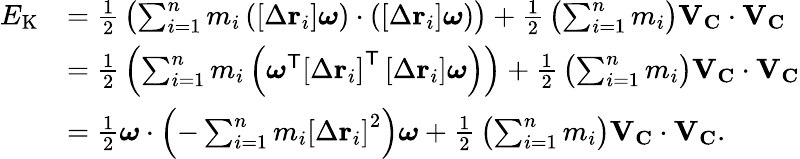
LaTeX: {\begin{array}{rl}{E_{\mathrm{K}}}&{={\frac{1}{2}}\left(\sum_{i=1}^{n}m_{i}\left(\left[\Delta\mathbf{r}_{i}\right]{\boldsymbol{\omega}}\right)\cdot\left(\left[\Delta\mathbf{r}_{i}\right]{\boldsymbol{\omega}}\right)\right)+{\frac{1}{2}}\left(\sum_{i=1}^{n}m_{i}\right)\mathbf{V}_{\mathbf{C}}\cdot\mathbf{V}_{\mathbf{C}}}\\ &{={\frac{1}{2}}\left(\sum_{i=1}^{n}m_{i}\left({\boldsymbol{\omega}}^{\mathsf{T}}\left[\Delta\mathbf{r}_{i}\right]^{\mathsf{T}}\left[\Delta\mathbf{r}_{i}\right]{\boldsymbol{\omega}}\right)\right)+{\frac{1}{2}}\left(\sum_{i=1}^{n}m_{i}\right)\mathbf{V}_{\mathbf{C}}\cdot\mathbf{V}_{\mathbf{C}}}\\ &{={\frac{1}{2}}{\boldsymbol{\omega}}\cdot\left(-\sum_{i=1}^{n}m_{i}\left[\Delta\mathbf{r}_{i}\right]^{2}\right){\boldsymbol{\omega}}+{\frac{1}{2}}\left(\sum_{i=1}^{n}m_{i}\right)\mathbf{V}_{\mathbf{C}}\cdot\mathbf{V}_{\mathbf{C}}.}\end{array}}